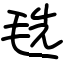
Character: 毨